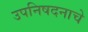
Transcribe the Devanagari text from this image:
उपनिषदनाचे